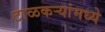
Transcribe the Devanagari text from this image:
टाळकऱ्यांमध्ये